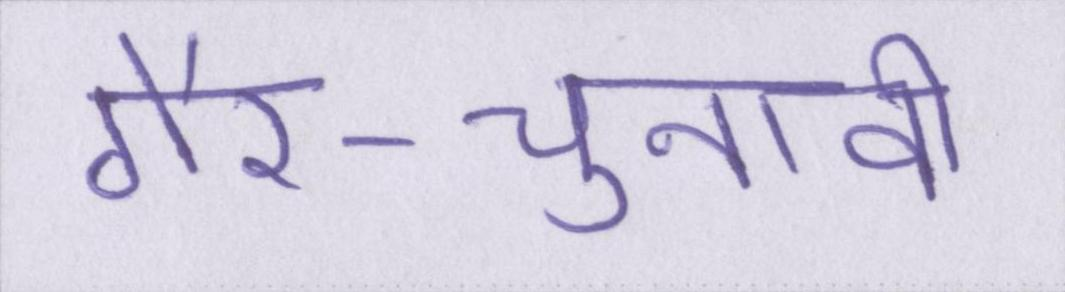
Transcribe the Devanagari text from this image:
गैर-चुनावी